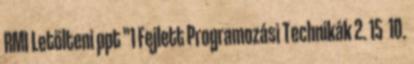
RMI Letölteni ppt "1 Fejlett Programozási Technikák 2. 15 10.